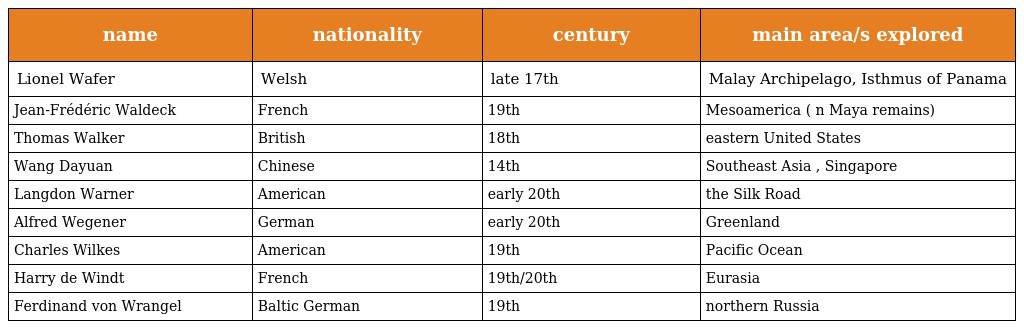
| name | nationality | century | main area/s explored |
 | --- | --- | --- | --- |
 | Lionel Wafer | Welsh | late 17th | Malay Archipelago, Isthmus of Panama |
 | Jean-Frédéric Waldeck | French | 19th | Mesoamerica ( n Maya remains) |
 | Thomas Walker | British | 18th | eastern United States |
 | Wang Dayuan | Chinese | 14th | Southeast Asia , Singapore |
 | Langdon Warner | American | early 20th | the Silk Road |
 | Alfred Wegener | German | early 20th | Greenland |
 | Charles Wilkes | American | 19th | Pacific Ocean |
 | Harry de Windt | French | 19th/20th | Eurasia |
 | Ferdinand von Wrangel | Baltic German | 19th | northern Russia |